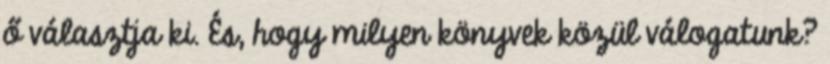
ő választja ki. És, hogy milyen könyvek közül válogatunk?